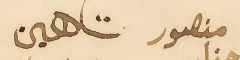
منصور شاهين